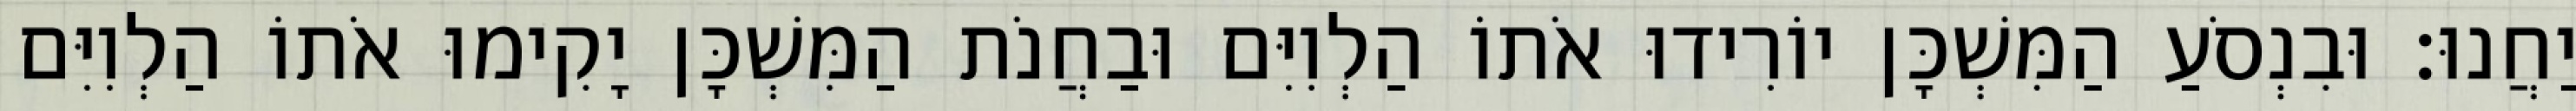
יַחֲנוּ׃ וּבִנְסֹעַ הַמִּשְׁכָּן יוֹרִידוּ אֹתוֹ הַלְוִיִּם וּבַחֲנֹת הַמִּשְׁכָּן יָקִימוּ אֹתוֹ הַלְוִיִּם